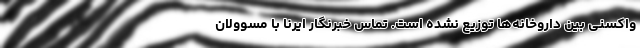
واکسنی بین داروخانه‌ها توزیع نشده است. تماس خبرنگار ایرنا با مسوولان